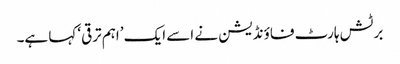
برٹش ہارٹ فاؤنڈیشن نے اسے ایک ’اہم ترقی‘ کہا ہے۔